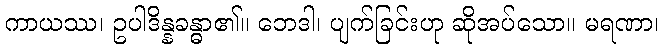
ကာယဿ၊ ဥပါဒိန္နခန္ဓာ၏။ ဘေဒါ၊ ပျက်ခြင်းဟု ဆိုအပ်သော။ မရဏာ၊